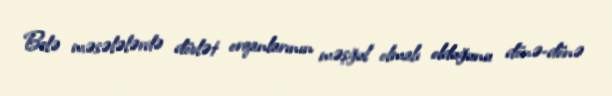
Belə məsələlərdə dövlət orqanlarının məşğul olmalı olduğunu dönə-dönə